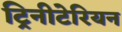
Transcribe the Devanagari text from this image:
ट्रिनीटेरियन